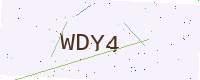
Text: WDY4